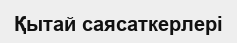
Қытай саясаткерлері